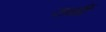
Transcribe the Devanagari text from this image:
तळीं